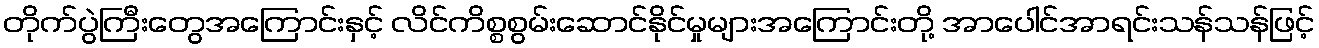
တိုက်ပွဲကြီးတွေအကြောင်းနှင့် လိင်ကိစ္စစွမ်းဆောင်နိုင်မှုများအကြောင်းတို့ အာပေါင်အာရင်းသန်သန်ဖြင့်